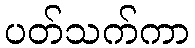
ပတ်သက်ကာ